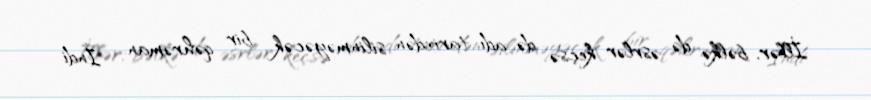
İllər, bəlkə də əsrlər keçsə də, adı tarixdən silinməyəcək bir qəhrəman... İndi